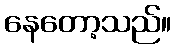
နေတော့သည်။